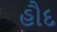
હૌદ